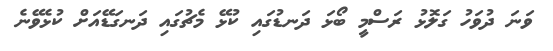
ވަނަ ދުވަހު ގަލޮޅު ރަސްމީ ބޯޅަ ދަނޑުގައި ކުޅޭ މެޗުގައި ދަނގަޑޭއަށް ކުޅެވޭނެ